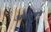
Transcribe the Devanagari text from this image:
असात्मंत्र